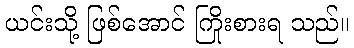
ယင်းသို့ ဖြစ်အောင် ကြိုးစားရ သည်။